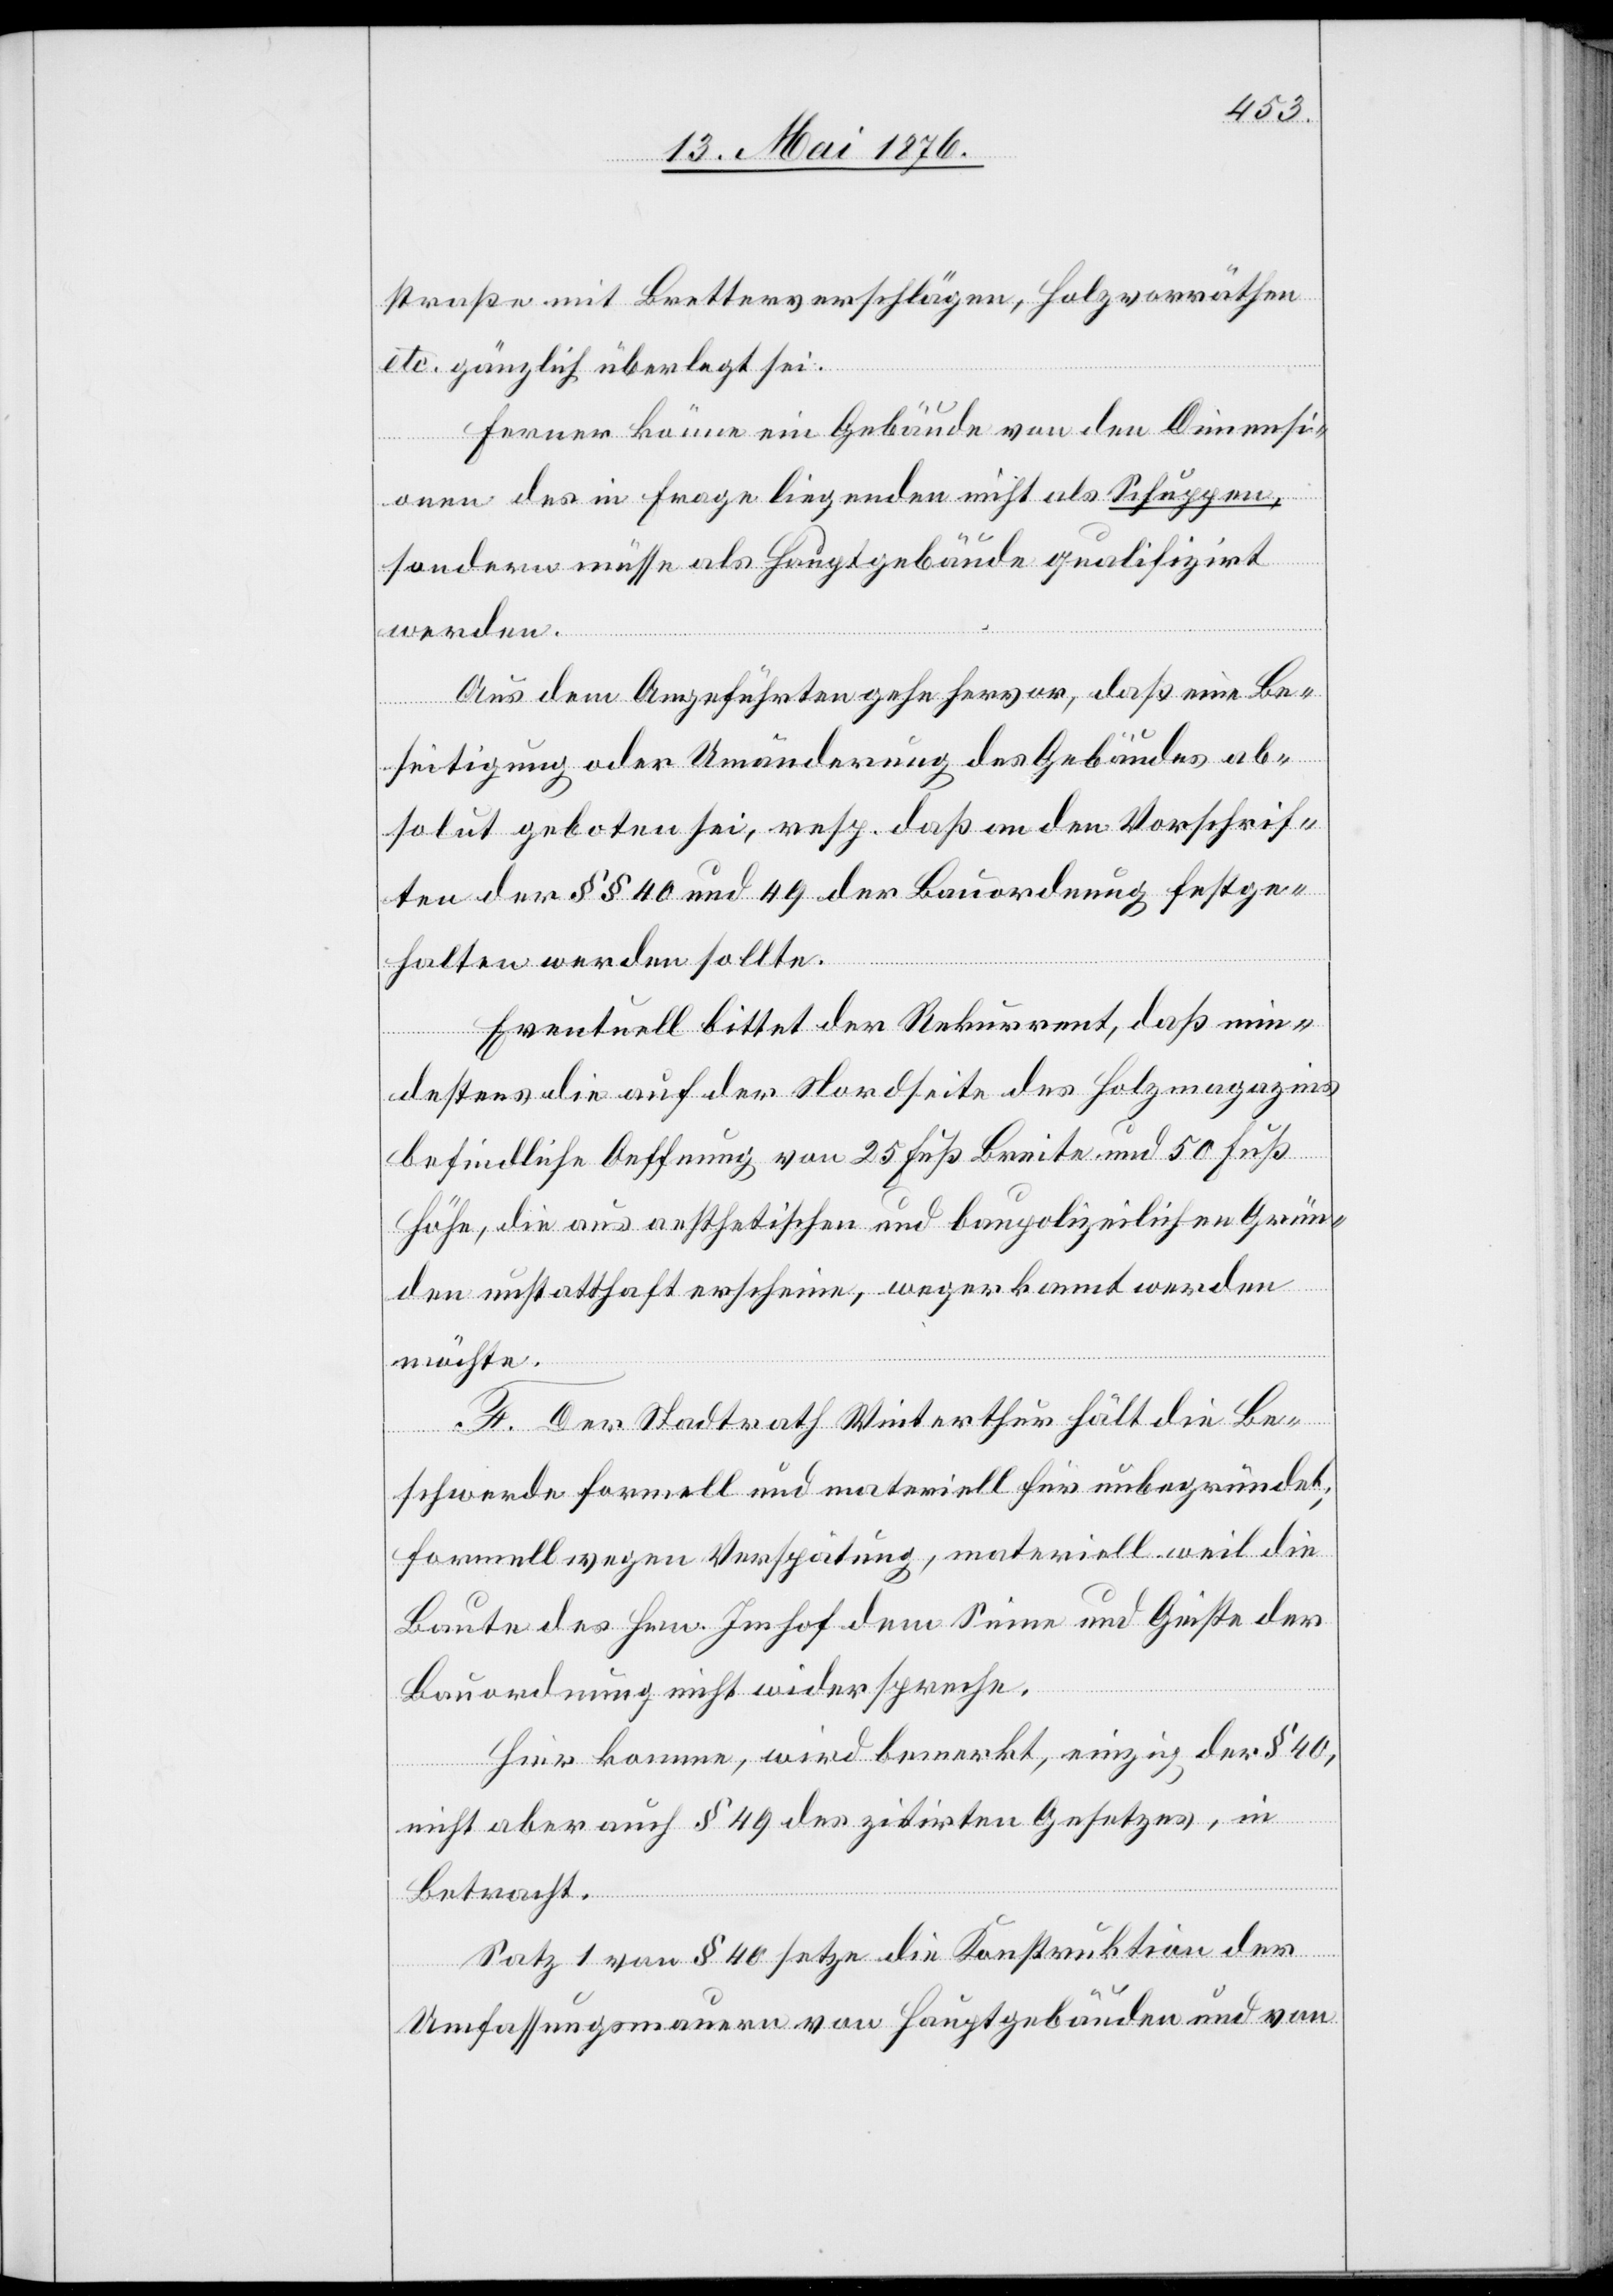
straße mit Bretterverschlägen, Holzvorräthen
etc. gänzlich überlegt sei.
Ferner könne eine Gebäude von den Dimensi¬
onen des in Frage liegenden nicht als Schuppen,
sondern müsse als Hauptgebäude qualifiziert
werden.
Aus dem Angeführten gehe hervor, daß eine Be¬
seitigung oder Umänderung des Gebäudes ab¬
solut geboten sei, resp. daß an den Vorschrif¬
ten der §§ 40 und 49 der Bauordnung festge¬
halten werden sollte.
Eventuell bittet der Rekurrent, daß min¬
destens die auf der Nordseite des Holzmagazins
befindliche Oeffnung von 25 Fuß Breite und 50 Fuß
Höhe, die aus aesthetischen und baupolizeilichen Grün¬
den unstatthaft erscheine, wegerkannt werden
möchte.
F. Der Stadtrath Winterthur hält die Be¬
schwerde formell und materiell für unbegründet;
formell wegen Verspätung, materiell weil die
Baute des Hrn. Imhof dem Sinne und Geiste der
Bauordnung nicht widerspreche.
Hier komme, wird bemerkt, einzig der § 40,
nicht aber auch § 49 des zitirten Gesetzes, in
Betracht.
Satz 1 von § 40 setze die Konstruktion der
Umfassungsmauern von Hauptgebäuden und von